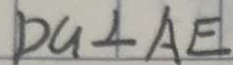
D G \bot A E